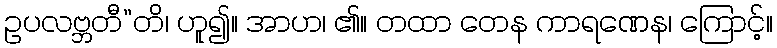
ဥပလဗ္ဘတီ”တိ၊ ဟူ၍။ အာဟ၊ ၏။ တထာ တေန ကာရဏေန၊ ကြောင့်။